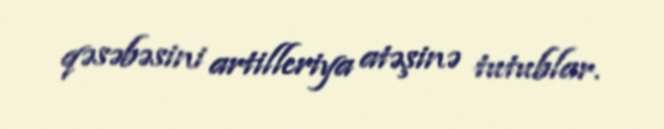
qəsəbəsini artilleriya atəşinə tutublar.